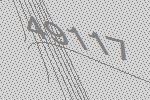
49117